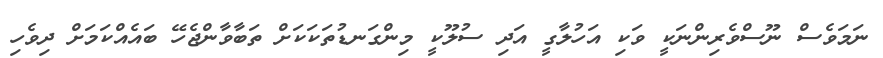
ނަމަވެސް ނޫސްވެރިންނަކީ ވަކި އަހުލާގީ އަދި ސުލޫކީ މިންގަނޑުތަކަކަށް ތަބާވާންޖެހޭ ބައެއްކަމަށް ދިވެހި